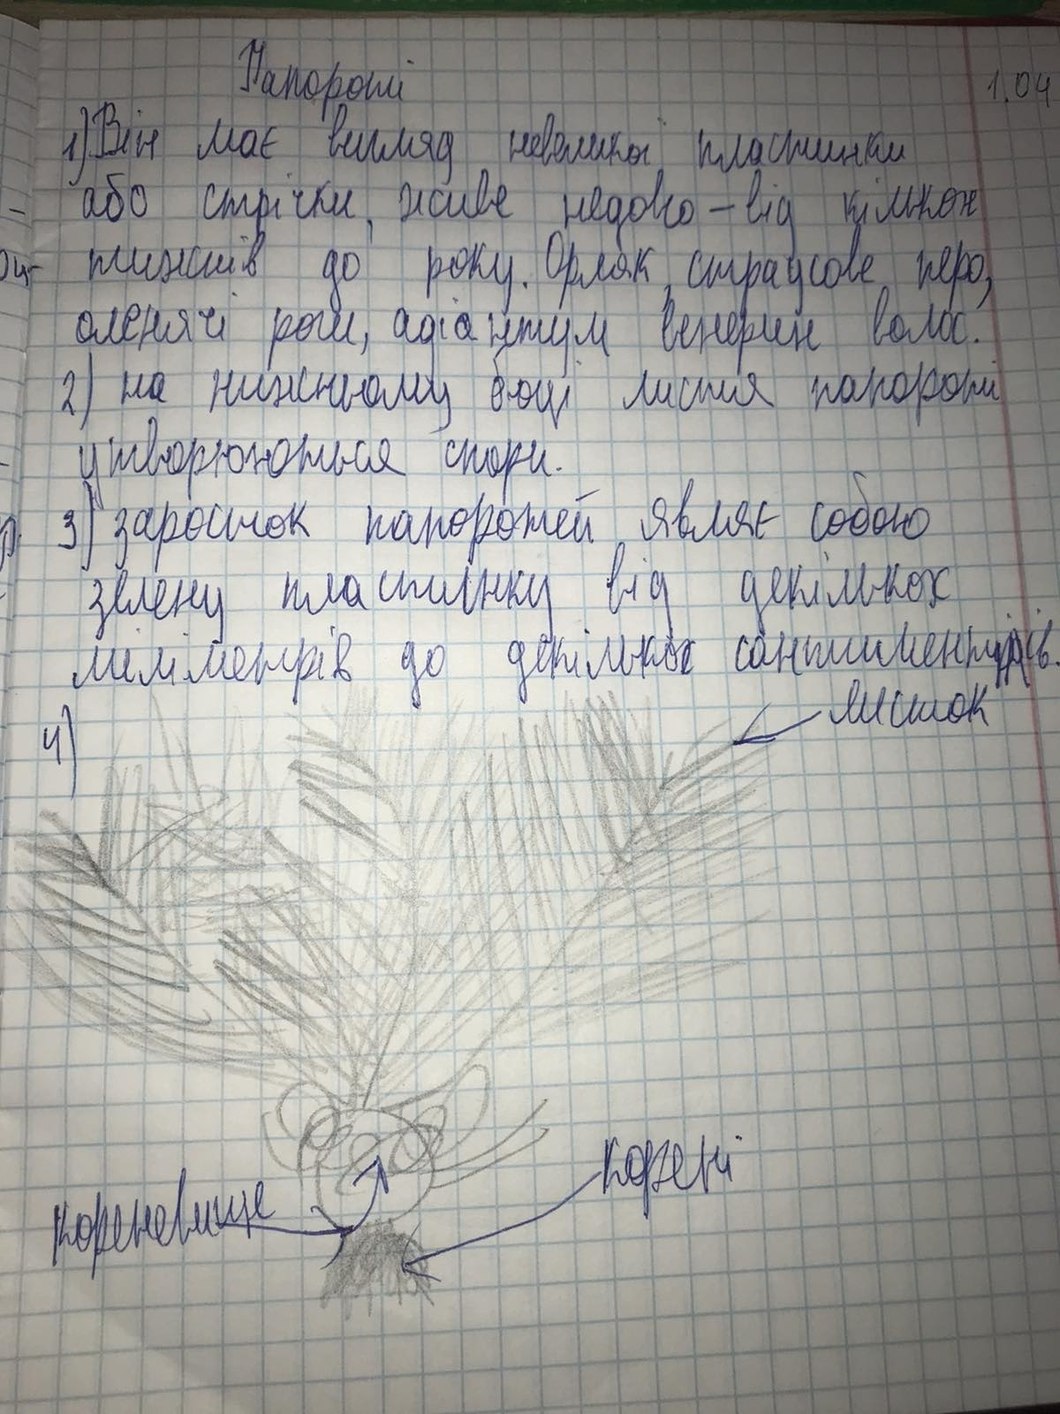
Папороті
1.04
1) Він має вигляд невеликої пластинки
або стрічки, живе недовго - від кількох
тижнів до року. Орляк, страусове перо,
оленячі роги, адіантум венерин волос.
2) на нижньому боці листя папороті
утворюються спори.
3) заросток папоротей являє собою
зелену пластинку від декількох
міліметрів до декількох сантиметрів.
листок
корені
кореневище